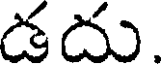
డదు.